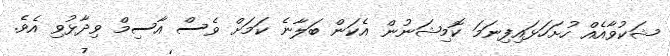
ޝަކުވާއެއް ހުށަހަޅައިފިނަމަ ކޮމިޝަނުން އެކަން ބަލާނެ ކަމަށް ވެސް އާސިމް ވިދާޅުވި އެވެ.